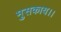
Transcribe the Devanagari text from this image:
मुसकाय।।